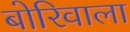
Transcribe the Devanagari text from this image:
बोरिवाला